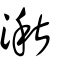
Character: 湫